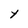
Character: Y